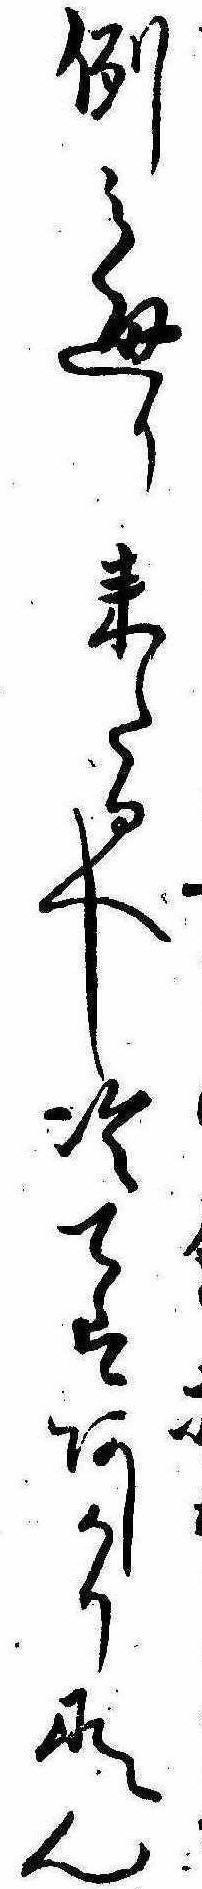
例之通り来たるへし冷てはあしかりなん